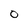
Character: 0